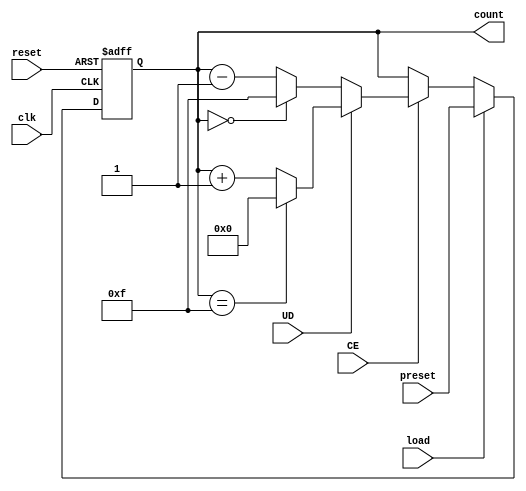
module AsyncLoadCounter (
    input wire clk,      // Clock signal
    input wire reset,    // Asynchronous reset
    input wire load,     // Active-high Load signal
    input wire CE,       // Active-high Count Enable signal
    input wire UD,       // Up/Down control signal
    input wire [3:0] preset, // Preset value for loading
    output reg [3:0] count // Current count value
);

    // Asynchronous reset logic
    always @(posedge clk or posedge reset) begin
        if (reset) begin
            count <= 4'b0000; // Reset to 0
        end else if (load) begin
            count <= preset; // Load preset value
        end else if (CE) begin
            // Count up or down based on UD signal
            if (UD) begin
                count <= count + 1; // Increment count
                if (count == 4'b1111) begin
                    count <= 4'b0000; // Wrap around to 0
                end
            end else begin
                count <= count - 1; // Decrement count
                if (count == 4'b0000) begin
                    count <= 4'b1111; // Wrap around to max value
                end
            end
        end
    end

endmodule